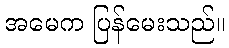
အမေက ပြန်မေးသည်။